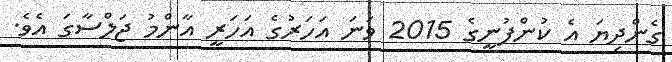
ގެންދިޔަ އެ ކުންފުނީގެ 2015 ވަނަ އަހަރުގެ އަހަރީ އާންމު ޖަލްސާގަ އެވެ.